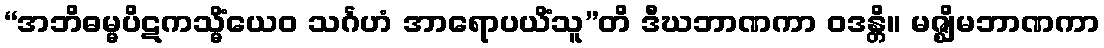
“အဘိဓမ္မပိဋကသ္မိံယေဝ သင်္ဂဟံ အာရောပယိံသူ”တိ ဒီဃဘာဏကာ ဝဒန္တိ။ မဇ္ဈိမဘာဏကာ